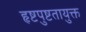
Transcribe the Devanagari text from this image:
हृष्टपुष्टतायुक्त